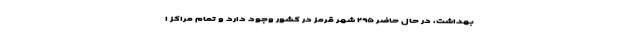
بهداشت، در حال حاضر ۲۹۵ شهر قرمز در کشور وجود دارد و تمام مراکز ا